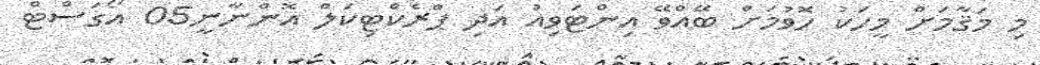
މި މަޤާމަށް މީހަކު ހޮވުމަށް ބޭއްވޭ އިންޓަވިއު އަދި ޕްރެކްޓިކަލް އޮންނާނީ05 އޯގަސްޓް